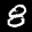
Label: 8